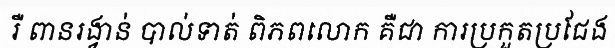
រឺ ពានរង្វាន់ បាល់ទាត់ ពិភពលោក គឺជា ការប្រកួតប្រជែង